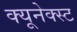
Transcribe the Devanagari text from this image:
क्यूनेक्स्ट